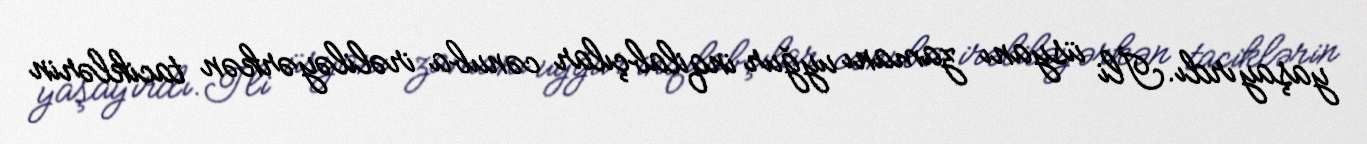
yaşayırdı.İli üsyanı zamanı uyğur inqilabçılar cənuba irəliləyərkən taciklərin